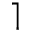
\rceil